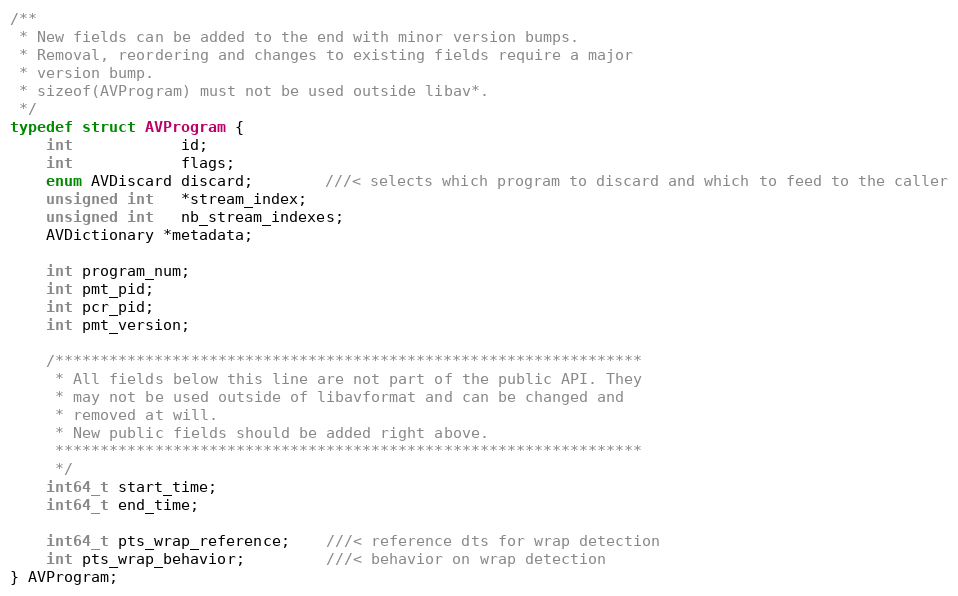
Language: C
/**
 * New fields can be added to the end with minor version bumps.
 * Removal, reordering and changes to existing fields require a major
 * version bump.
 * sizeof(AVProgram) must not be used outside libav*.
 */
typedef struct AVProgram {
    int            id;
    int            flags;
    enum AVDiscard discard;        ///< selects which program to discard and which to feed to the caller
    unsigned int   *stream_index;
    unsigned int   nb_stream_indexes;
    AVDictionary *metadata;

    int program_num;
    int pmt_pid;
    int pcr_pid;
    int pmt_version;

    /*****************************************************************
     * All fields below this line are not part of the public API. They
     * may not be used outside of libavformat and can be changed and
     * removed at will.
     * New public fields should be added right above.
     *****************************************************************
     */
    int64_t start_time;
    int64_t end_time;

    int64_t pts_wrap_reference;    ///< reference dts for wrap detection
    int pts_wrap_behavior;         ///< behavior on wrap detection
} AVProgram;